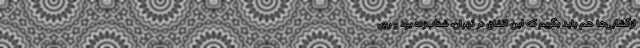
ازگشایی‌ها هم باید بگویم که این اتفاق در تهران، شتاب‌زده بود و روی